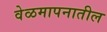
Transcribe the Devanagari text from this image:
वेळमापनातील